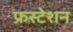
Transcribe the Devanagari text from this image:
फ्रस्टेशन